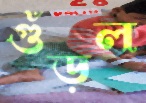
গুঁড়ল